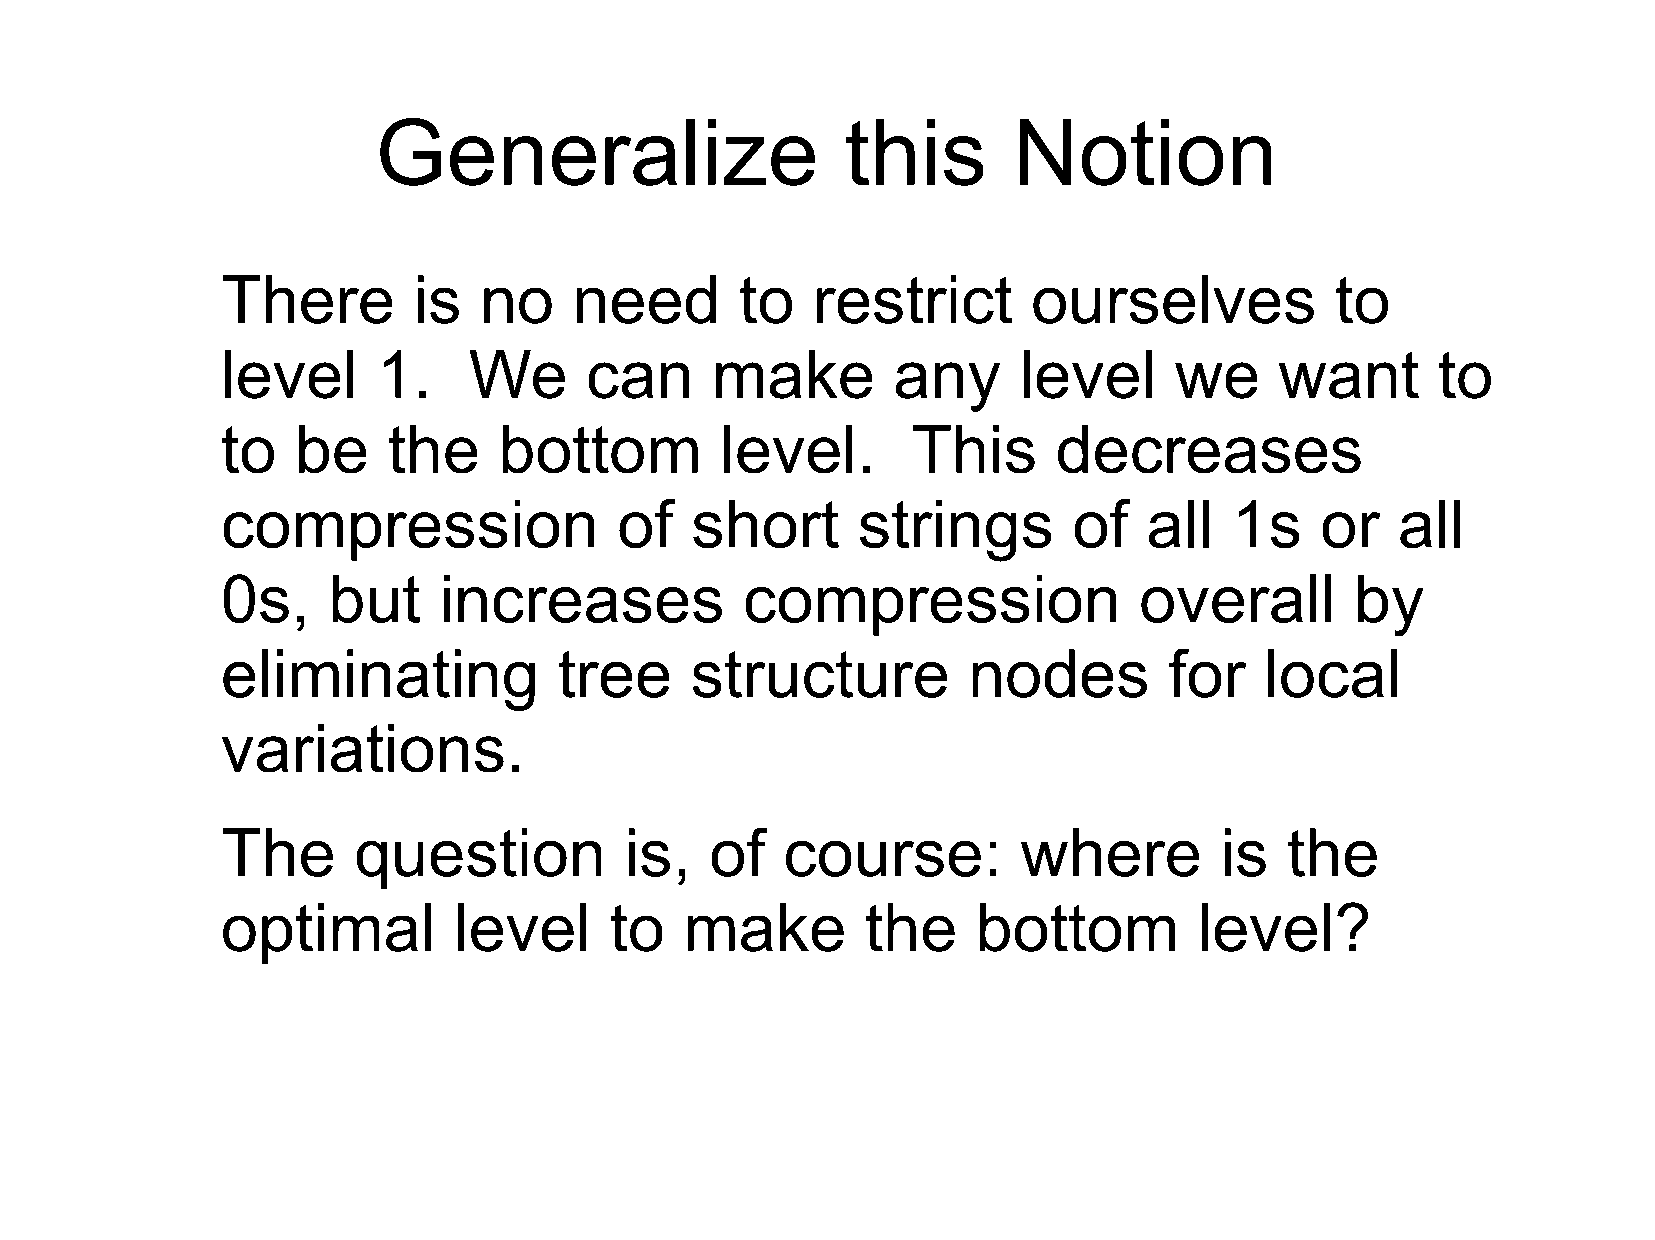
Generalize                     this       Notion
 There       is   no    need       to   restrict      ourselves           to
 level     1.    We      can     make        any     level      we     want      to
 to   be    the    bottom         level.      This      decreases
 compression               of   short      strings       of   all  1s    or    all
 0s,    but    increases           compression               overall        by
 eliminating           tree     structure         nodes        for    local
 variations.
 The     question          is,   of   course:         where        is  the
 optimal        level     to   make        the     bottom        level?